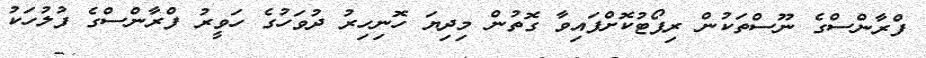
ފްރާންސްގެ ނޫސްތަކުން ރިޕޯޓުކޮށްފައިވާ ގޮތުން މިދިޔަ ހޮނިހިރު ދުވަހުގެ ހަވީރު ފްރާންސްގެ ފުލުހަކު